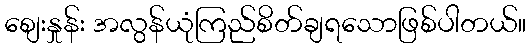
စျေးနှုန်း အလွန်ယုံကြည်စိတ်ချရသောဖြစ်ပါတယ်။